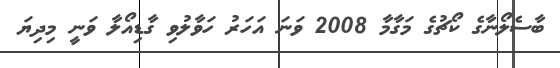
ބާސެލޯނާގެ ކޯޗުގެ މަގާމާ 2008 ވަނަ އަހަރު ހަވާލުވި ގާޑިއޯލާ ވަނީ މިދިޔަ